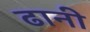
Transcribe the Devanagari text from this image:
ढानी